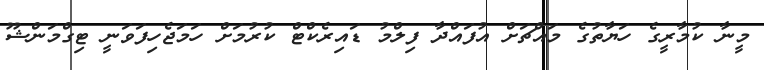
މީނާ ކުމާރީގެ ހަޔާތުގެ މައްޗަށް އުފައްދާ ފިލްމު ޑައިރެކްޓް ކުރުމަށް ހަމަޖެހިފަވަނީ ޓިގްމަންޝޫ